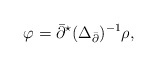
\begin{align*}\varphi= \bar\partial^{\star}(\Delta_{\bar\partial})^{-1}\rho,\end{align*}